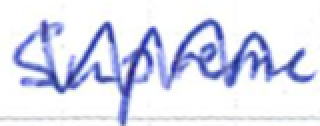
Text: Supreme
Cross-out: zig-zag
Writing tool: ballpoint